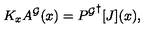
K _ { x } A ^ { \cal G } ( x ) = { P ^ { \cal G } } ^ { \dagger } [ J ] ( x ) ,